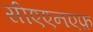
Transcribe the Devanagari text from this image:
सीएएनएफ़